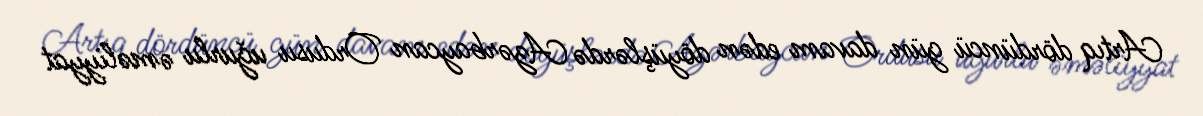
Artıq dördüncü gün davam edən döyüşlərdə Azərbaycan Ordusu uğurlu əməliyyat